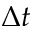
\Delta t